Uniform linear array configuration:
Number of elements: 48
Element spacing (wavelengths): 1
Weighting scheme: hamming
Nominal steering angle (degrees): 60
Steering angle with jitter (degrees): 61.209
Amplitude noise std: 0.05
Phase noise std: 0.05

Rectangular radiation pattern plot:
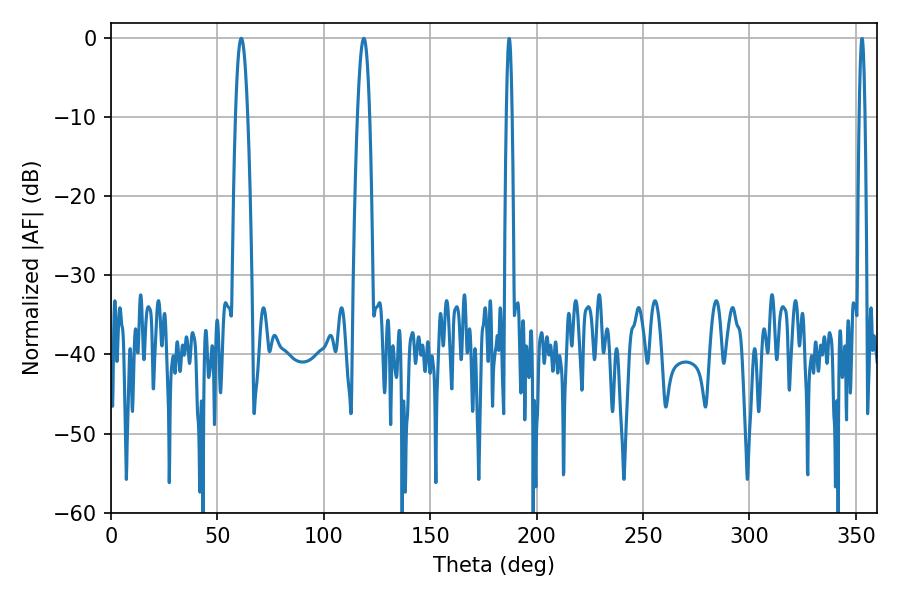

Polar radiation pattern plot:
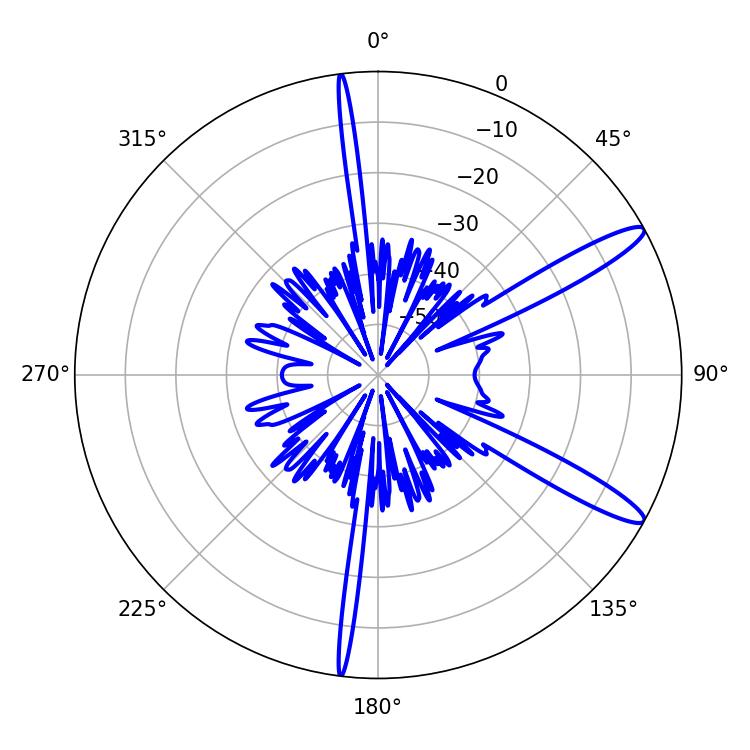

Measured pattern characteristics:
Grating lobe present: TRUE
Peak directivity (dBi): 13.087
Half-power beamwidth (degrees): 3.06
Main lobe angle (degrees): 61.2